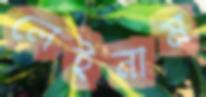
লেইনাম